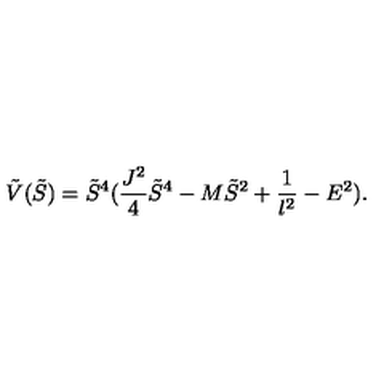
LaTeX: \tilde { V } ( \tilde { S } ) = \tilde { S } ^ { 4 } ( \frac { J ^ { 2 } } { 4 } \tilde { S } ^ { 4 } - M \tilde { S } ^ { 2 } + \frac { 1 } { l ^ { 2 } } - E ^ { 2 } ) .